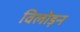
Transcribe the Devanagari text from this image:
विलोड़न